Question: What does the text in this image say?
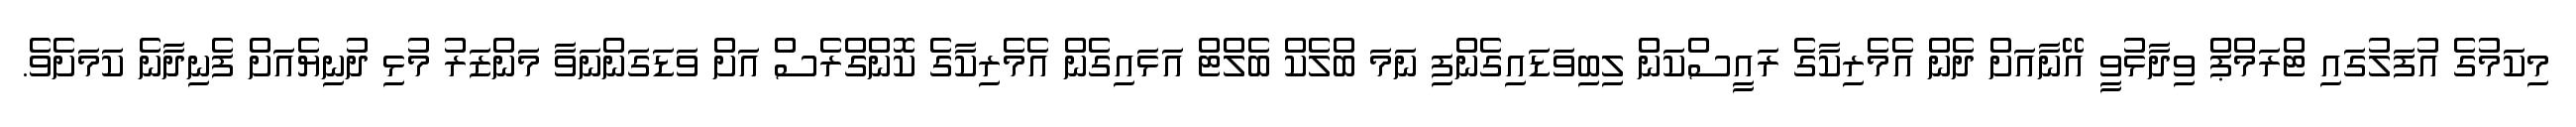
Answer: މިކަމުގެ އުފަލުގައި ޓްރަމްޕް ވިދާޅުވީ އޭނާއަށް ދެން އެމެރިކާގެ ރައީސްކަން ލިބިވަޑައިގެންފި ނަމަ ބްލެކް ބެލްޓް އަޅައިގެން އެމެރިކާގެ ކޮންގްރެސް އަށް ވަޑަގަންނަވާ މަންޒަރު މުޅި ދުނިޔެއަށް ފެނިދާނެ ކަމަށެވެ.